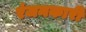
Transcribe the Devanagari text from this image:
रंजनकारी